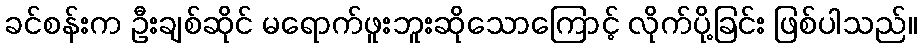
ခင်စန်းက ဦးချစ်ဆိုင် မရောက်ဖူးဘူးဆိုသောကြောင့် လိုက်ပို့ခြင်း ဖြစ်ပါသည်။